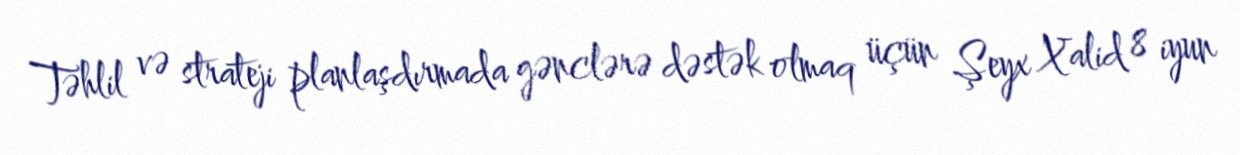
Təhlil və strateji planlaşdırmada gənclərə dəstək olmaq üçün Şeyx Xalid 8 iyun